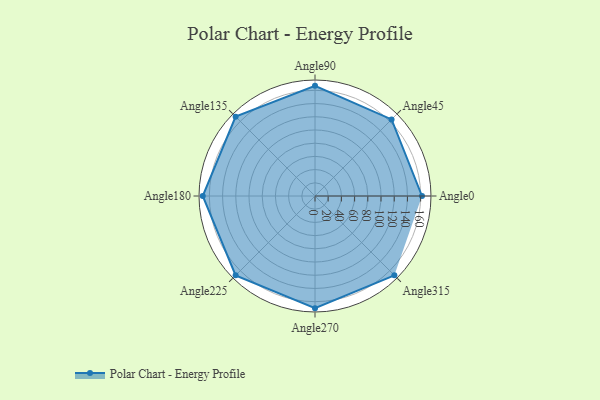
{"axis": {"x": "Angle", "y": "Radius"}, "legend": [""], "data": [{"x": "Angle0", "y": 162.0, "type": ""}, {"x": "Angle45", "y": 164.0, "type": ""}, {"x": "Angle90", "y": 167.0, "type": ""}, {"x": "Angle135", "y": 170, "type": ""}, {"x": "Angle180", "y": 170, "type": ""}, {"x": "Angle225", "y": 170, "type": ""}, {"x": "Angle270", "y": 170, "type": ""}, {"x": "Angle315", "y": 170, "type": ""}]}